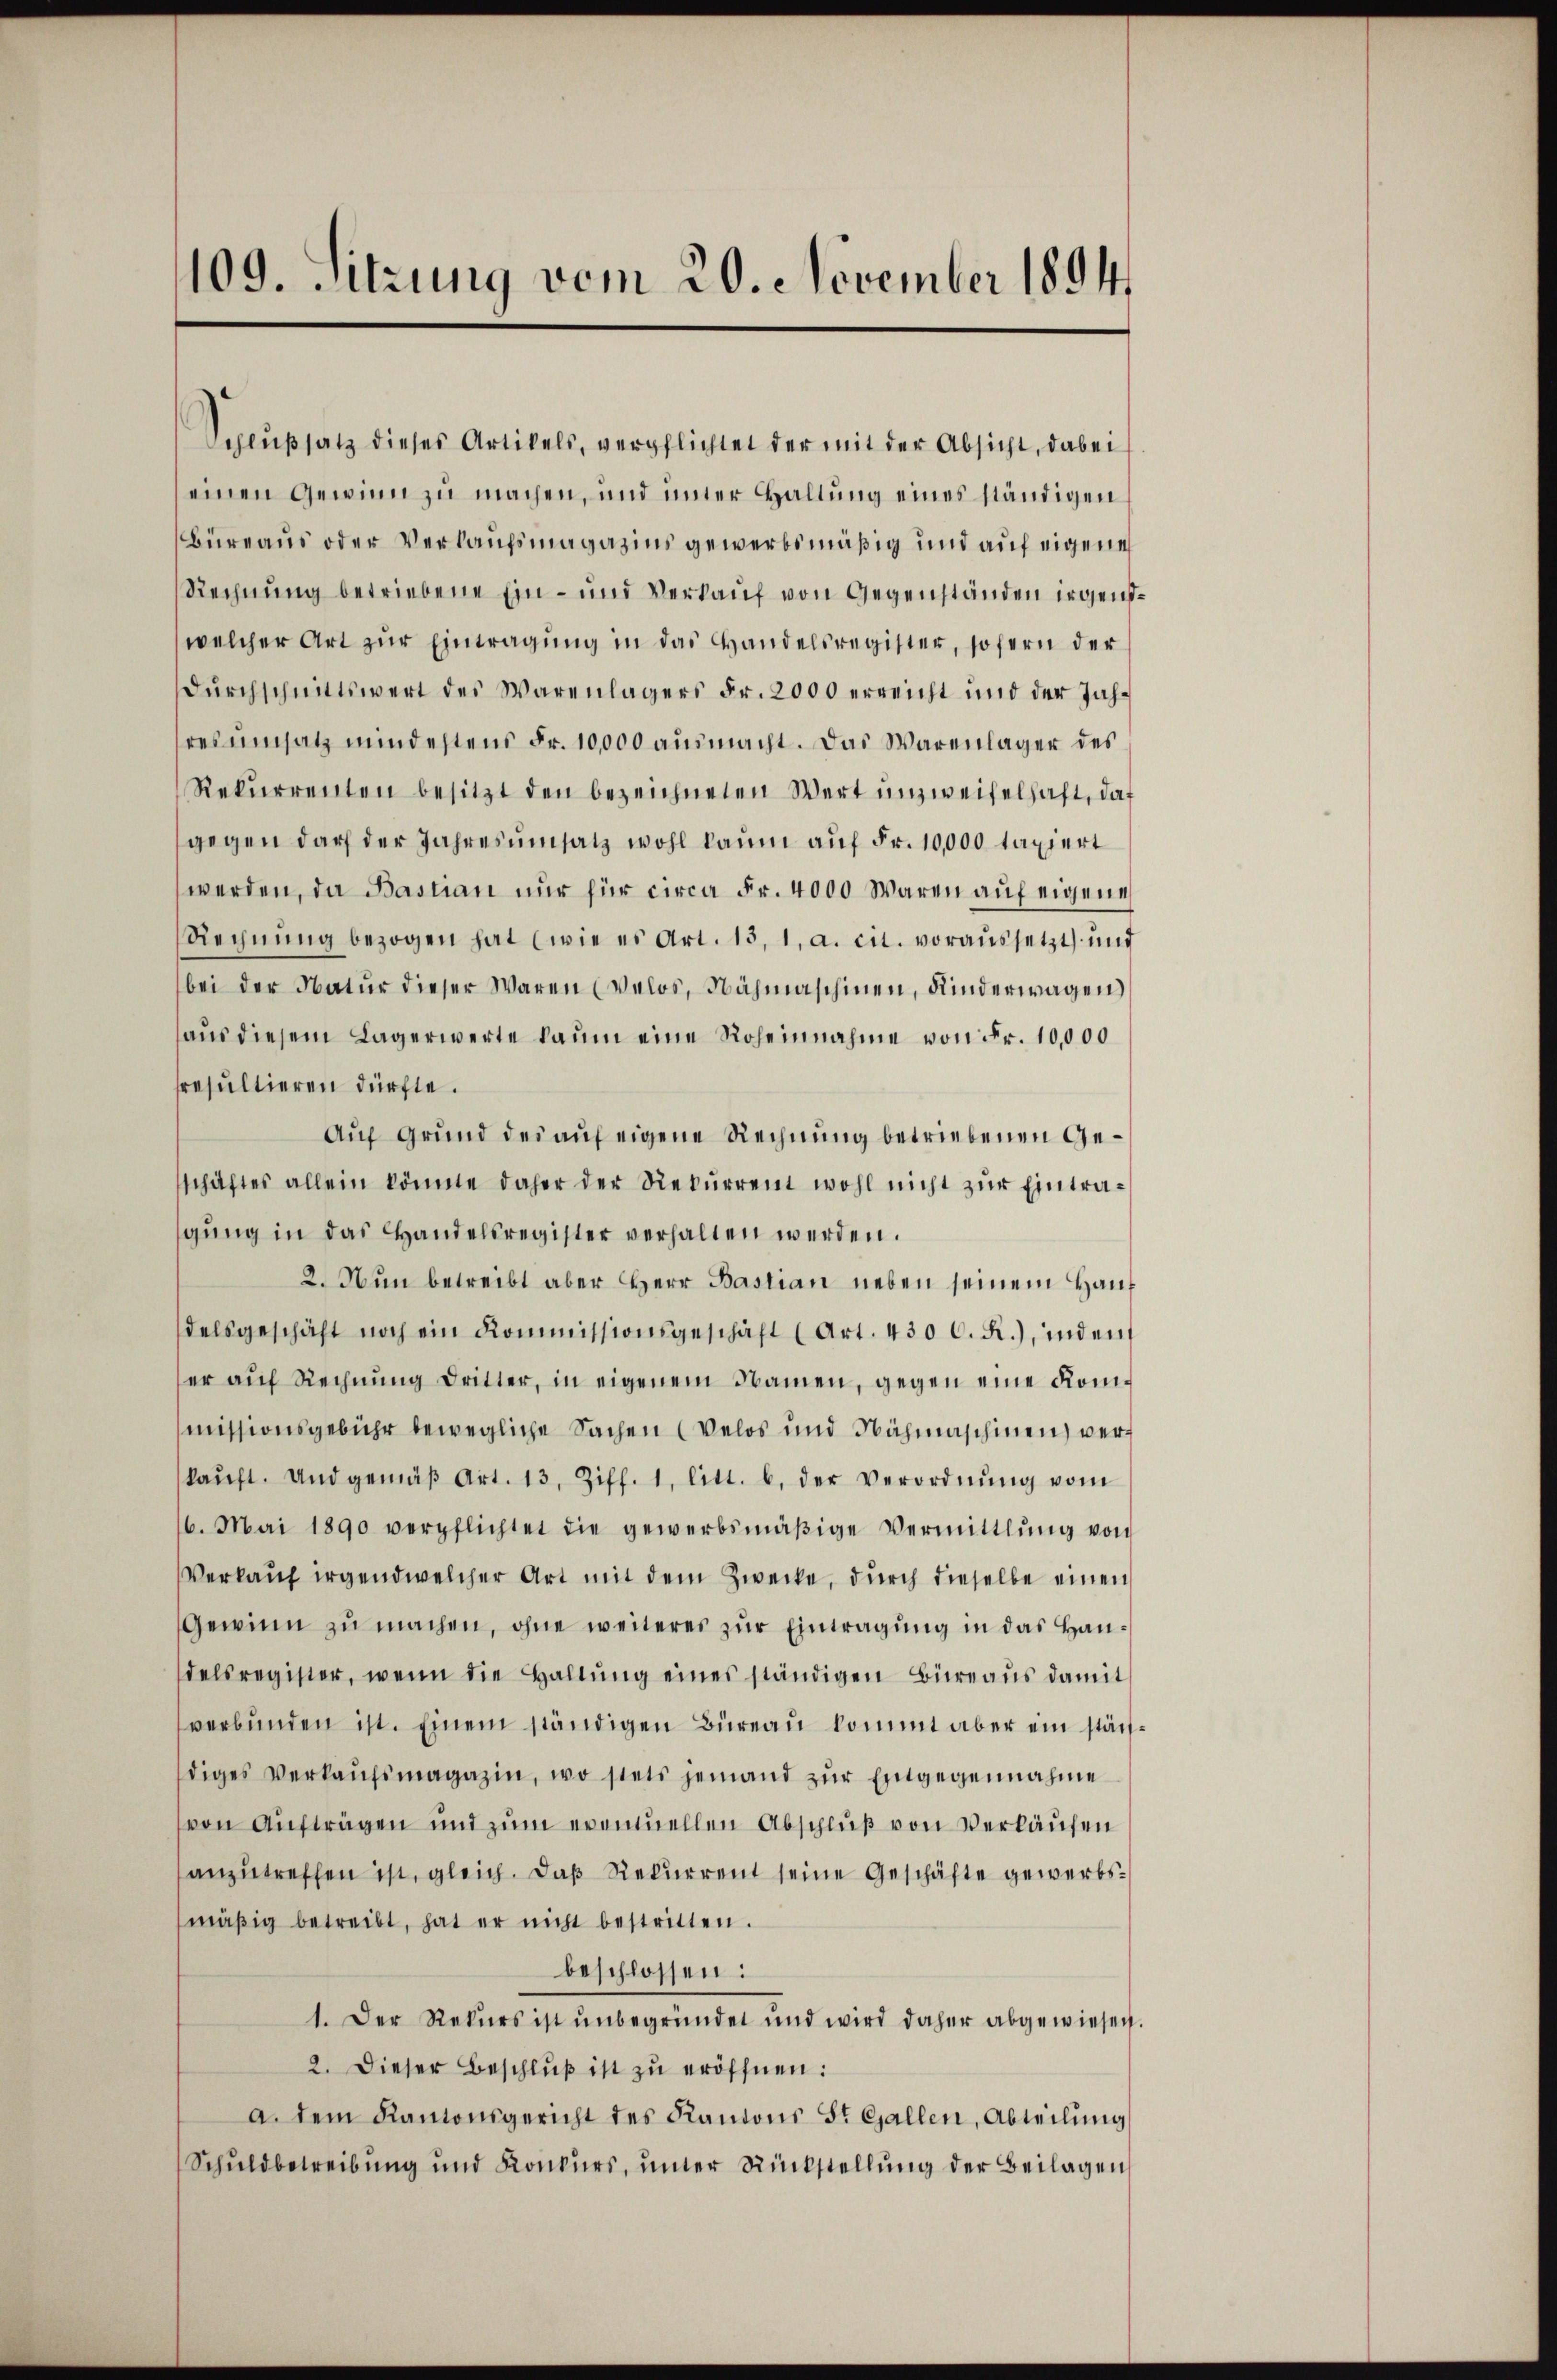
109. Sitzung vom 20. November 1894.

werden, da Bastian nur für circa Fr. 4000 Waren auf eigene
Rechnung bezogen hat (wie es Art. 15, 1, a. cit. voraussetzt, und
bei der Natur dieser Waren Velos, Nähmaschinen, Kinderwagen)
aŭs diesem Lagerwerte kaum eine Roheinnahme von Fr. 10,000
sresultieren dürfte.
Auf Grund der auf eigene Rechnung betriebenen Geschäftes allein könnte daher der Rekurrent wohl nicht zur Eintragung in das Handelsregister verhalten werden.
2. Nun betreibt aber Herr Bastian neben seinem Hauf
delsgeschäft noch ein Kommissionsgeschäft (Art. 430 C. R.), inden
er aŭf Rechnŭng dritter, in eigenem Namen, gegen eine Kommissionsgebühr bewegliche Sachen (Velos und Nähmaschinen) verkaŭft. Und gemäβ Art. 13. Ziff. 1. litt. b. der Verordnŭng vom
6. Mai 1890 verpflichtet die gewerbsmäβige Vermittlung von
Verkauf irgendwelcher Art mit dem Zwecke, durch dieselbe einen
Gewinn zŭ machen, ohne weiteres zŭr Eintragŭng in das Handelsregister, wenn die Haltŭng eines ständigen Büreaŭs damit
verbŭnden ist. Einem ständigen Büreau kommt aber ein stächdiges Verkaŭfsmagazin, wo stets jemand zŭr Entgegennahme
von Aufträgen und zum eventuellen Abschluß von Verlaufen
anzutreffen ist, gleich. Daß Rekurrent seine Geschäfte gewerbsmäβig betreibt, hat er nicht bestritten.
beschlossen:
1. Der Rekurs ist unbegründet und wird daher abgewiesen.
2. Dieser Beschlŭβ ist zu eröffnen:
a. dem Kantonsgericht des Kantons St. Gallen, Abteilŭng
Schuldbetreibung und Konkurs, unter Rückstellung der Beilagen

Sceußsatz dieses Artikels, verpflichtet der mit der Absicht, dabei
einen Gewinn zu machen, und unter Haltung eines ständigen
Büreaus oder Verkaufsmagazins gewerbsmäßig und auf eigene
Rechnung betriebene Ein- und Verkauf von Gegenständen irgenswelcher Art zur Eintragung in das Handelsregister, sofern der
dŭrchschnittswert des Warenlagers Fr. 2000 erreicht und der Jahres umsatz mindestens Fr. 10,000 ausmacht. Das Warenlager des
Rekurrenten besitzt den bezeichneten Wert unzweifelhaft, daß
gegen darf der Jahresumsatz wohl kaum auf Fr. 10,000 taxiert